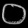
Digit: ၀